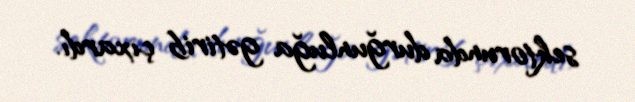
sektorunda durğunluğa gətirib çıxardı.